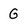
Character: G